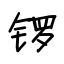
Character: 锣